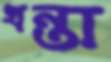
খন্তা